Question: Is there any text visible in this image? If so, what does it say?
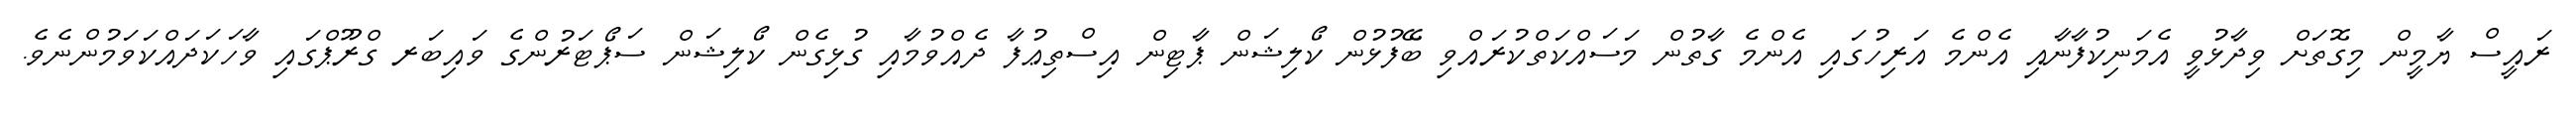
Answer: ރައީސް ޔާމީން މިގޮތަށް ވިދާޅުވީ އެމަނިކުފާނާއި އެންމެ އަރިހުގައި އެންމެ ގާތުން މަސައްކަތްކުރައްވި ބޭފުޅުން ކޯލިޝަން ޕާޓިން އިސްތިޢުފާ ދެއްވުމާއި ގުޅިގެން ކޯލިޝަން ސަޕޯޓަރުންގެ ވައިބަރ ގްރޫޕްގައި ވާހަކަދައްކަވަމުންނެވެ.